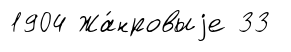
1904 Жа́нровыjе 33